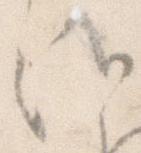
候